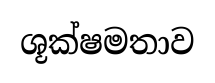
ශූක්ෂමතාව